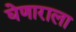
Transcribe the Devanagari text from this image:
घेणाराला